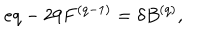
LaTeX: e q - 2 9 F ^ { ( q - 1 ) } = \delta B ^ { ( q ) } ,